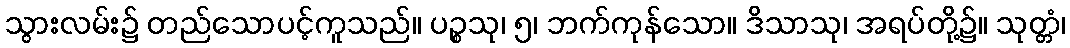
သွားလမ်း၌ တည်သောပင့်ကူသည်။ ပဉ္စသု၊ ၅၊ ဘက်ကုန်သော။ ဒိသာသု၊ အရပ်တို့၌။ သုတ္တံ၊